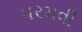
પરમવી